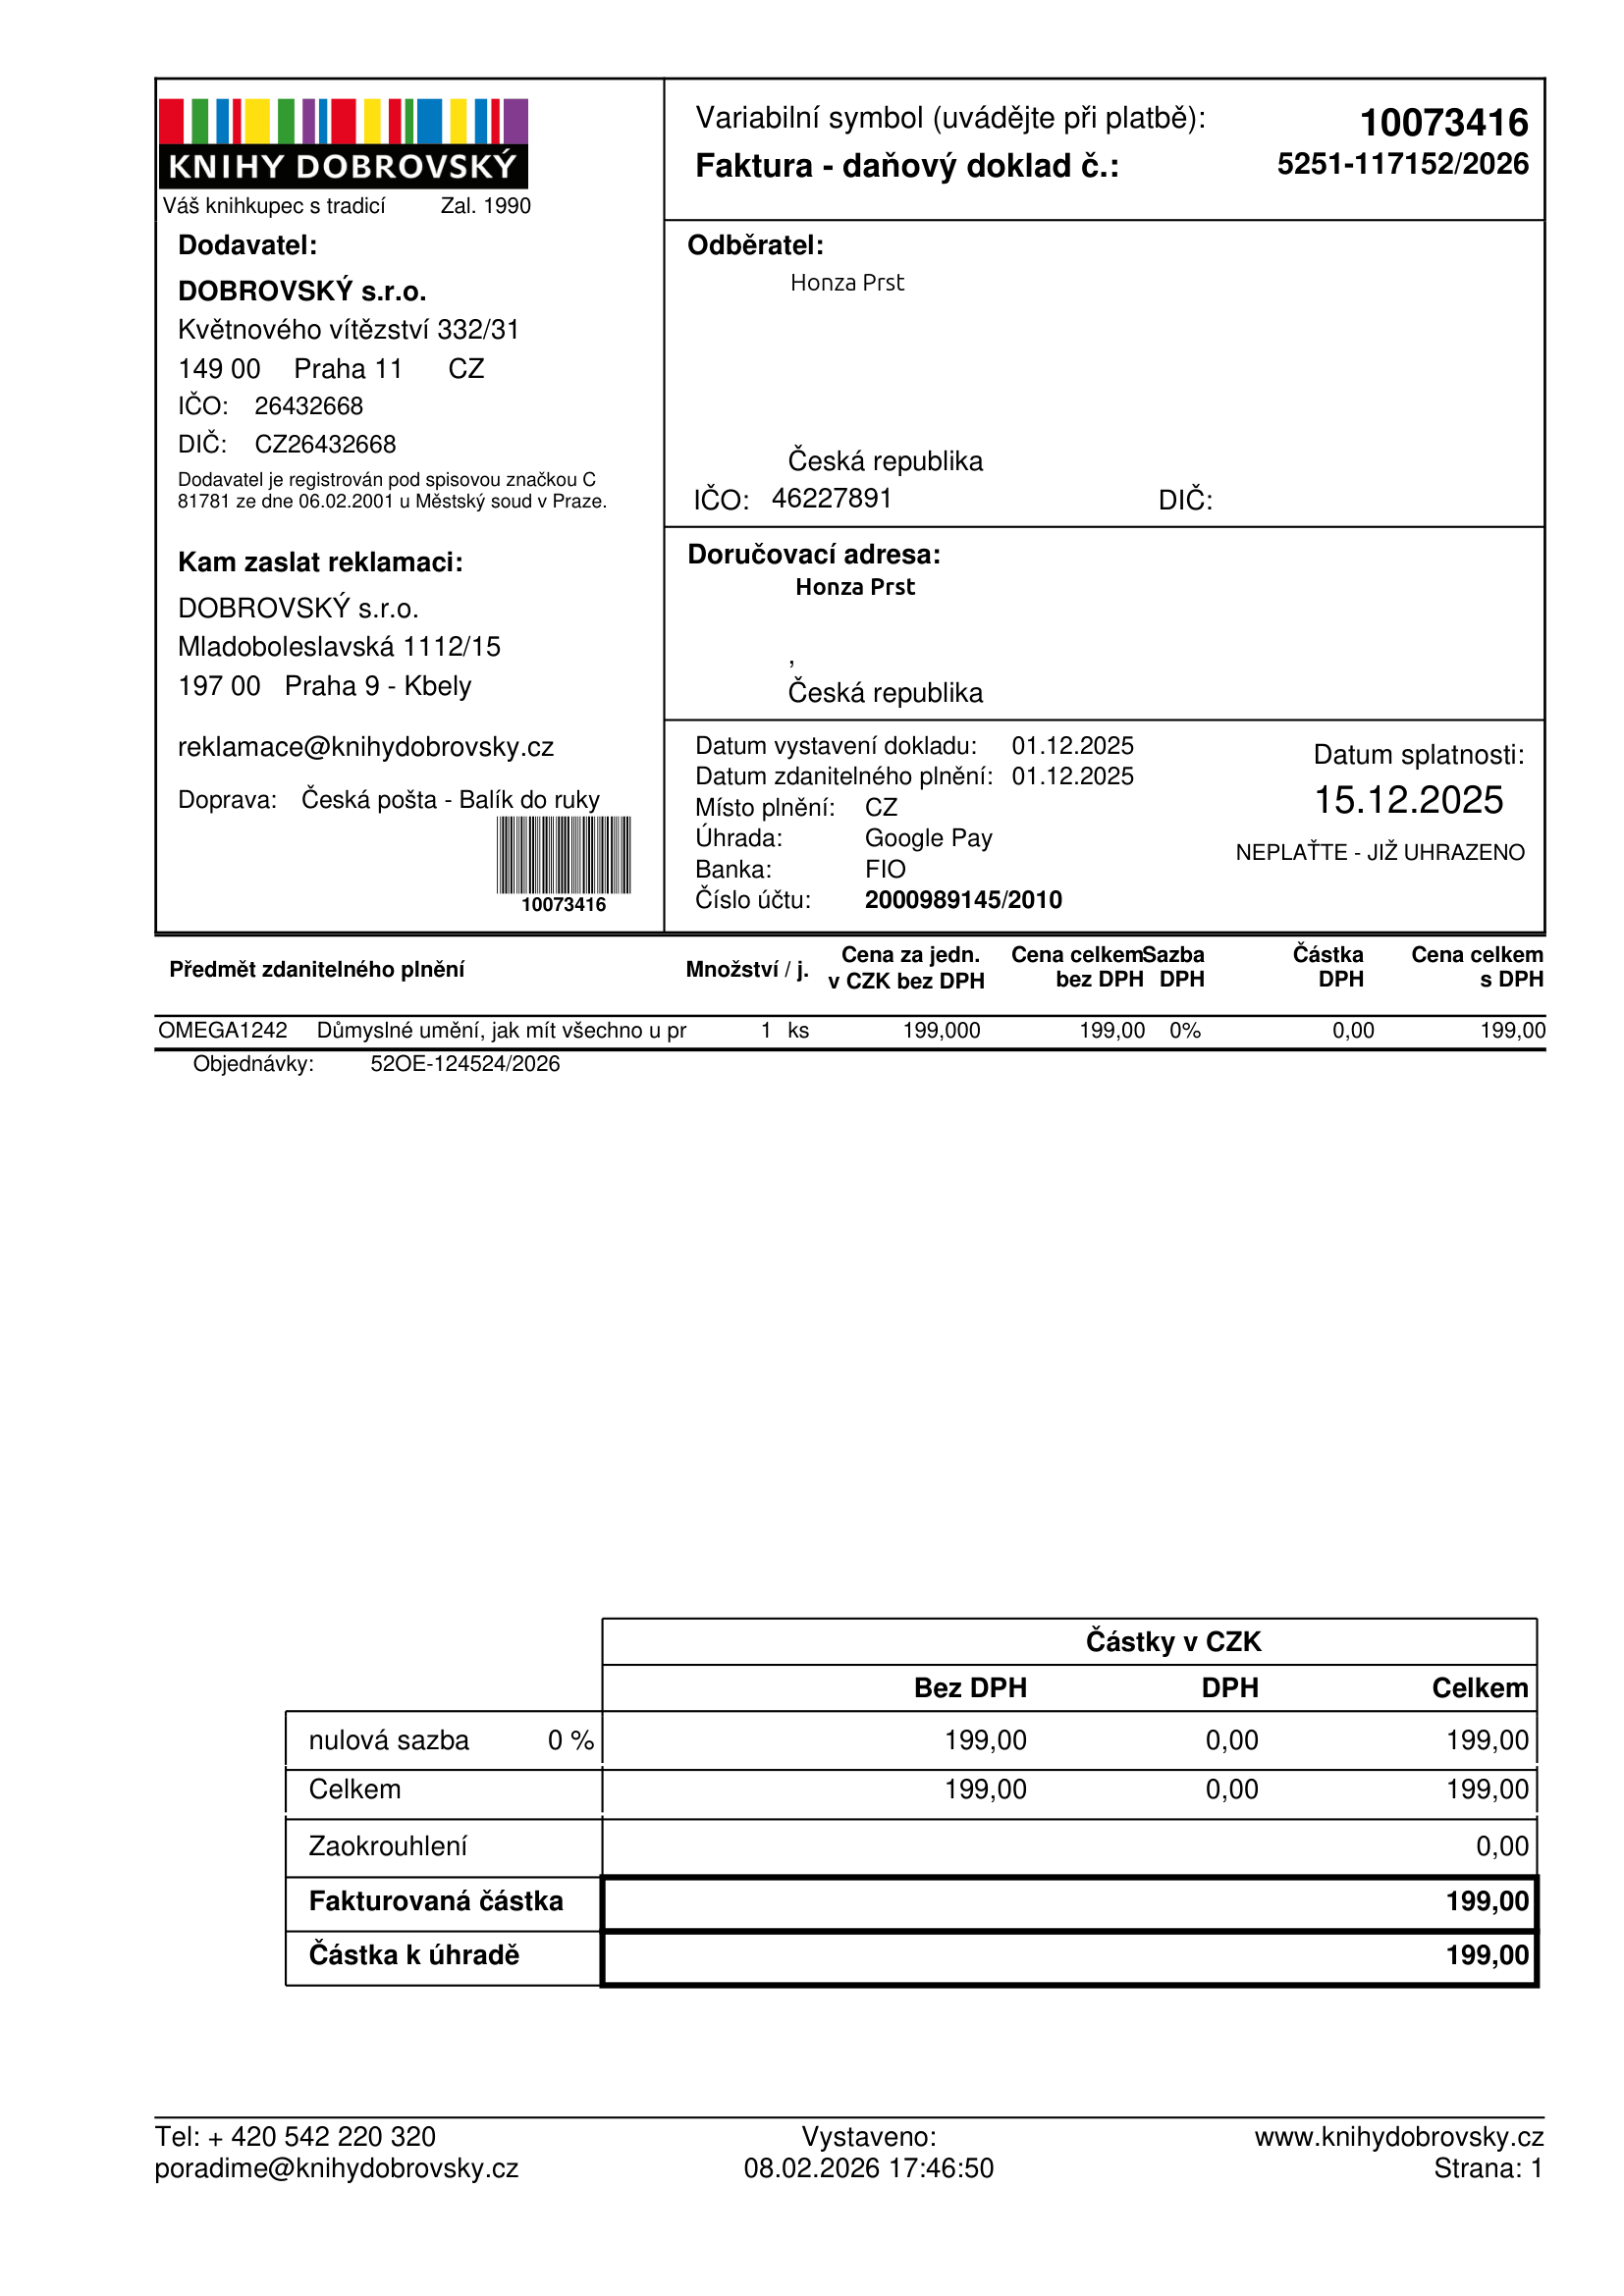
invoice_number: 5251-117152/2026
supp_register_id: 26432668
supp_tax_id: CZ26432668
cust_register_id: 46227891
issue_date: 01.12.2025
taxable_supply_date: 01.12.2025
due_date: 15.12.2025
payment_type: Google Pay
bank_account_number: 2000989145/2010
variable_symbol: 10073416
total: 199,00